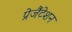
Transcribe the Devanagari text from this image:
प्रेजैंटेशन